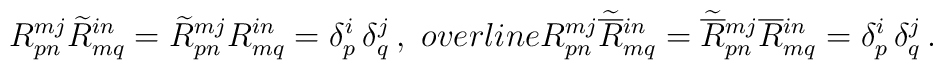
R^{mj}_{pn}\widetilde{R}^{in}_{mq}=\widetilde{R}^{mj}_{pn}R^{in}_{mq}=\delta ^i_p\,\delta ^j_q\,,\ \ \\overline{R}{}^{mj}_{pn}\widetilde{\overline{R}}{}^{in}_{mq}=\widetilde{\overline{R}}{}^{mj}_{pn}\overline{R}{}^{in}_{mq}=\delta ^i_p\,\delta ^j_q\,.